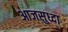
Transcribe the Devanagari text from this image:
आजसुध्दा